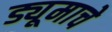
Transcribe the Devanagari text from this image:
ड्यूमाचे